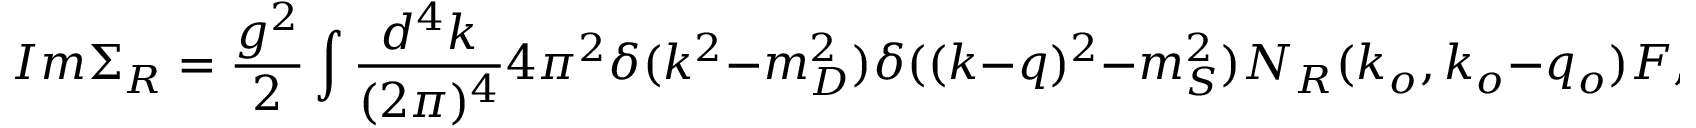
I m \Sigma _ { R } = { \frac { g ^ { 2 } } { 2 } } \int { \frac { d ^ { 4 } k } { ( 2 \pi ) ^ { 4 } } } 4 \pi ^ { 2 } \delta ( k ^ { 2 } - m _ { D } ^ { 2 } ) \delta ( ( k - q ) ^ { 2 } - m _ { S } ^ { 2 } ) N _ { R } ( k _ { o } , k _ { o } - q _ { o } ) F ,